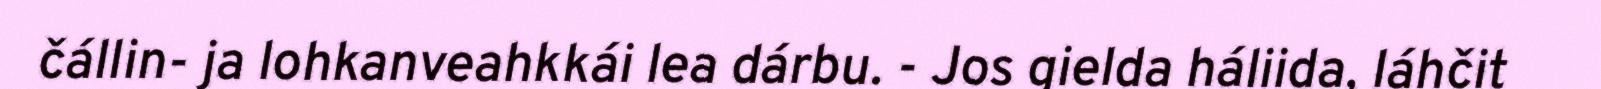
čállin- ja lohkanveahkkái lea dárbu. - Jos gielda háliida, láhčit